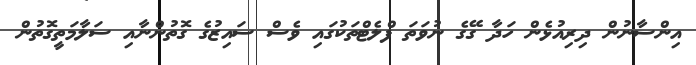
އިންސާނުން ދިރިއުޅެން ހަދާ ގޭގެ ނުވަތަ ފްލެޓްތަކުގައި ވެސް ސައިޒުގެ ގޮތުންނާއި ސަލާމަތީގޮތުން